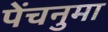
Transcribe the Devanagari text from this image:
पेंचनुमा